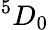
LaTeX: {}^{5}D_{0}